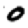
Digit: 0